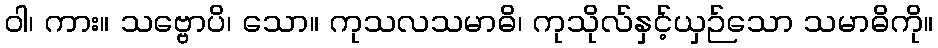
ဝါ၊ ကား။ သဗ္ဗောပိ၊ သော။ ကုသလသမာဓိ၊ ကုသိုလ်နှင့်ယှဉ်သော သမာဓိကို။